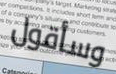
وسأقول